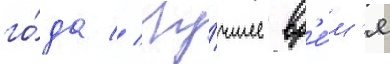
го́да // Лу́чшее вр'е́м'я